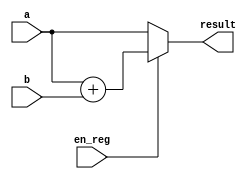
module add32_incr(en_reg, a, b, result);
	input en_reg ;
	input [31:0] a, b;
	output [31:0] result;

	assign result = en_reg ? (a + b) : a ;
endmodule